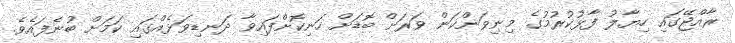
ރާއްޖޭގައި ހިޔާލު ފާޅުކުރުމުގެ މިނިވަންކަން ވަރަށް ބޮޑަށް ހަނިކޮށްފައިވާ ދަނޑިވަޅެއްގައި ކަމަށް ބުނެފައެވެ.